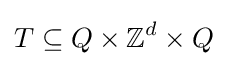
T\subseteq Q\times \mathbb {Z} ^{d}\times Q